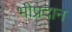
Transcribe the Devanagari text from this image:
भीप्रदान